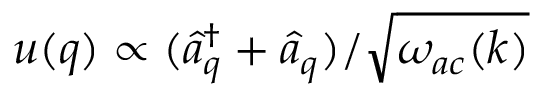
u ( q ) \propto ( \widehat { a } _ { q } ^ { \dagger } + \widehat { a } _ { q } ) / \sqrt { \omega _ { a c } ( k ) }